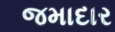
જમાદાર